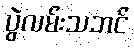
ပွဲလမ်းသဘင်